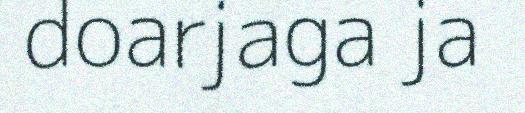
doarjaga ja